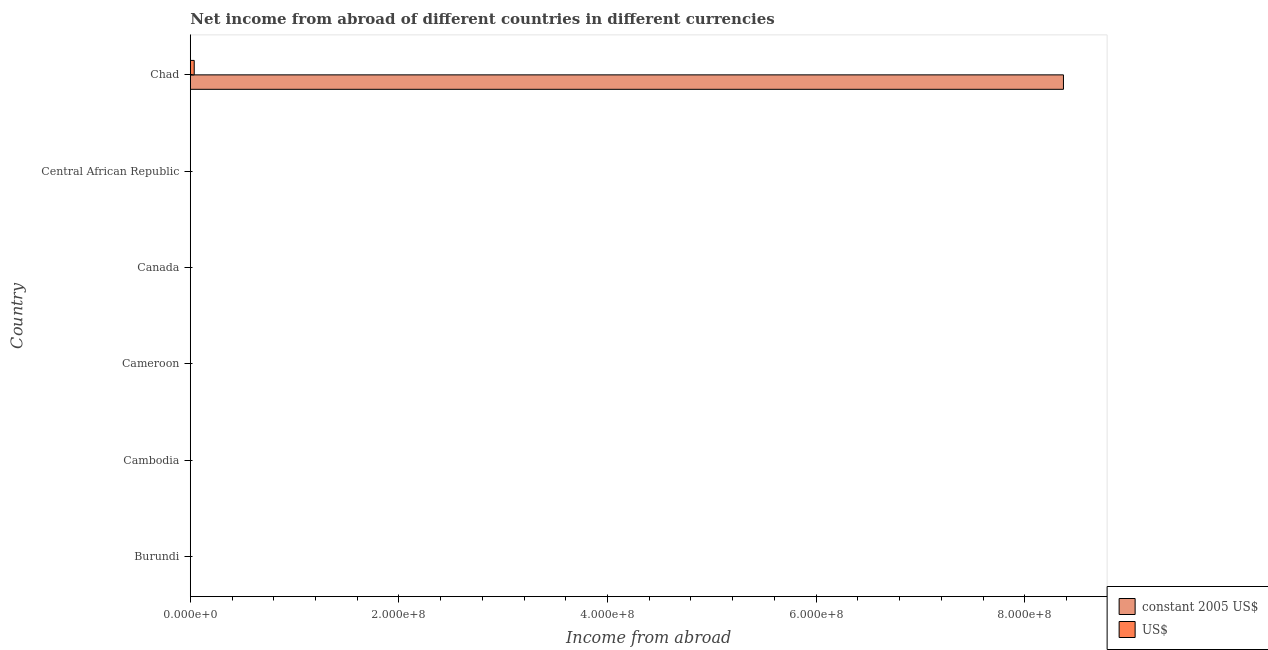
| Country | constant 2005 US$ | US$ |
 | --- | --- | --- |
 | Burundi | -6.69e+08 | -8.36e+06 |
 | Cambodia | -1.06e+08 | -4.33e+05 |
 | Cameroon | -5.97e+10 | -2.48e+08 |
 | Canada | -1.83e+09 | -1.83e+09 |
 | Central African Republic | -6.91e+08 | -3.1e+06 |
 | Chad | 8.37e+08 | 3.76e+06 |